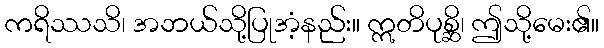
ကရိဿသိ၊ အဘယ်သို့ပြုအံ့နည်း။ ဣတိပုစ္ဆိ၊ ဤသို့မေး၏။